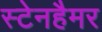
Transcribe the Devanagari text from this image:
स्टेनहैमर